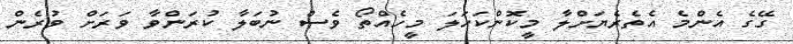
ގޭގެ އެންމެ އެތެރެޔަށްލާ މީކޮންކަހަލަ މީހެއްތޯ ވެސް ނުބަލާ ކުރަންވާ ވަރަށް ވުރެން